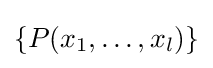
\{P(x_{1},\ldots ,x_{l})\}